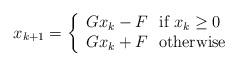
LaTeX: \begin{align*}x_{k+1}= \left\{\begin{array}{l}Gx_k-F~~\textup{if}~x_k\geq0\\Gx_k+F~~\textup{otherwise} \end{array}\right. \end{align*}